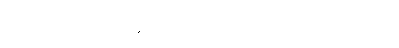
ကာမဝိတက် စသည်တို့၏။ ဝသေန၊ ဖြင့်။ ဣတော စိတော စ၊ မှလည်း။